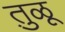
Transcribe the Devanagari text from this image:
तु़ळू